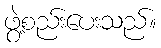
ဖွဲ့စည်းပေးသည်။